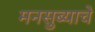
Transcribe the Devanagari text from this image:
मनसुब्याचे